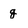
Character: g